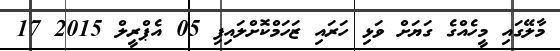
މާލޭގައި މީހެއްގެ ގަޔަށް ވަޅި ހަރައި ޒަހަމްކޮށްލައިފި 05 އެޕްރީލް 2015 17